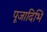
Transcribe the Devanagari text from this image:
पूजादिभि